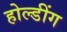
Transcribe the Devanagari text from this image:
होल्डींग